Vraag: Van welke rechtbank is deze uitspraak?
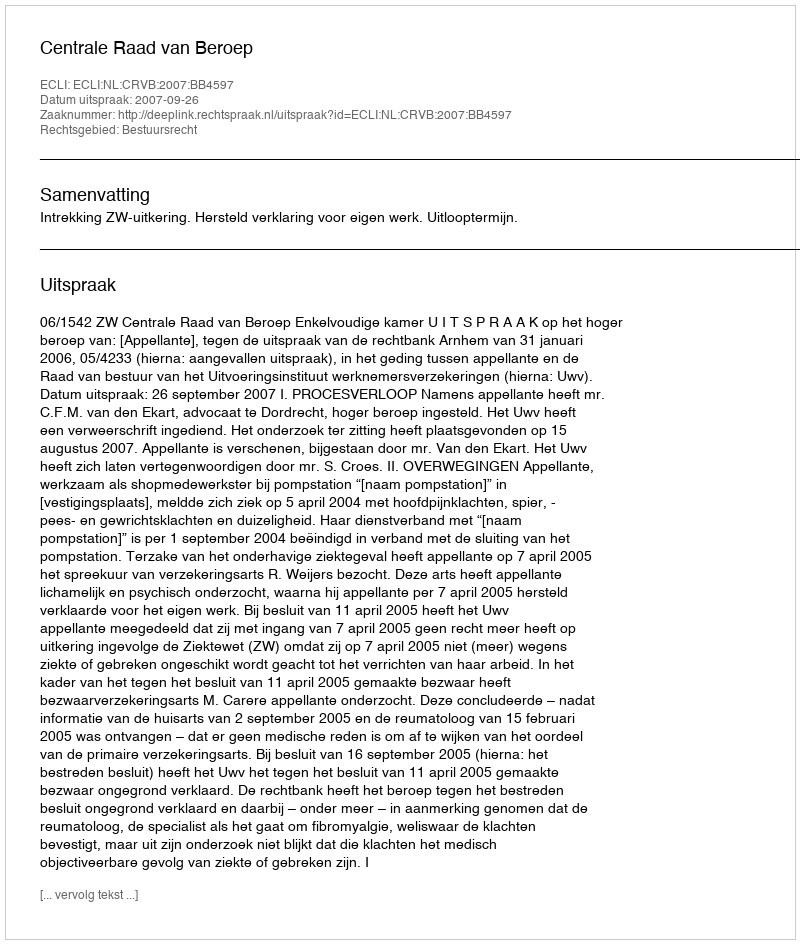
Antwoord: Centrale Raad van Beroep